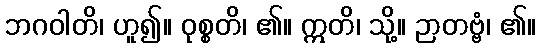
ဘဂဝါတိ၊ ဟူ၍။ ဝုစ္စတိ၊ ၏။ ဣတိ၊ သို့။ ဉာတဗ္ဗံ၊ ၏။